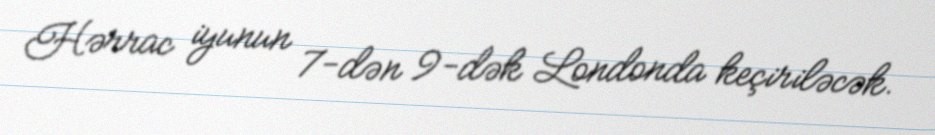
Hərrac iyunun 7-dən 9-dək Londonda keçiriləcək.